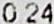
0.24